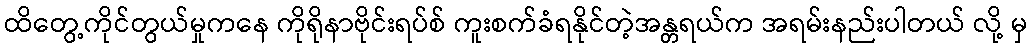
ထိတွေ့ကိုင်တွယ်မှုကနေ ကိုရိုနာဗိုင်းရပ်စ် ကူးစက်ခံရနိုင်တဲ့အန္တရယ်က အရမ်းနည်းပါတယ် လို့ မှ